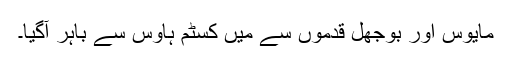
مایوس اور بوجھل قدموں سے میں کسٹم ہاوس سے باہر آگیا۔